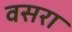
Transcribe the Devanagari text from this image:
वसरा